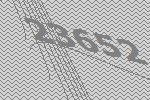
23652